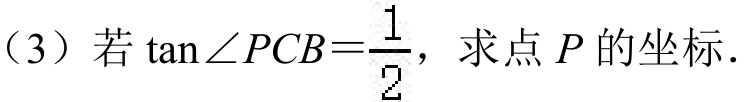
（3）若$\tan\angle PCB = \dfrac{1}{2}$，求点$P$的坐标.